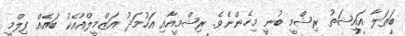
ބަތަލާ އައިޝަތު ރިޝްމީ ބުނީ މިހެންނެވެ. ރިޝްމީއާއި އަހުމަދު އަޒްމީލްއާއެކު ބައެއް ފިލްމީ